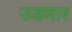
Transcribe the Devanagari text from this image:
उडणार